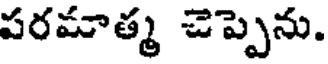
పరమాత్మ చెప్పెను.